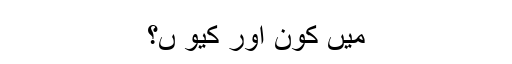
میں کون اور کیو ں؟